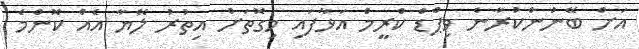
އަށް ބޭނުންކުރާނެ ވިޕްޑް ކްރީމް އަޅާފައި މިގޮތަށް އިތުރު ލޭޔާ އެއް ކޮންމެ